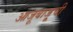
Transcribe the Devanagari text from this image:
आजूबाजू्ची